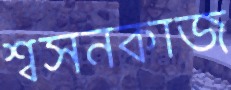
শ্বসনকাজ